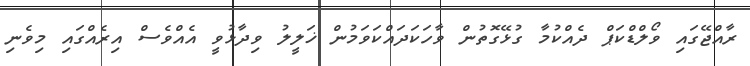
ރާއްޖޭގައި ވޯލްޑްކަޕް ދެއްކުމާ ގުޅޭގޮތުން ވާހަކަދައްކަވަމުން ޚަލީލު ވިދާޅުވީ އެއްވެސް އިރެއްގައި މިވެނި